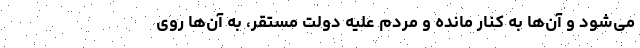
می‌شود و آن‌ها به کنار مانده و مردم علیه دولت مستقر، به آن‌ها روی